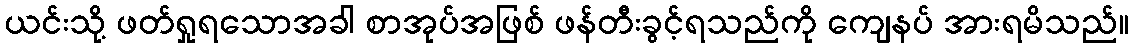
ယင်းသို့ ဖတ်ရှုရသောအခါ စာအုပ်အဖြစ် ဖန်တီးခွင့်ရသည်ကို ကျေနပ် အားရမိသည်။